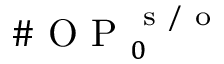
\# \mathrm { ~ O ~ P ~ } _ { 0 } ^ { \mathrm { ~ s ~ / ~ o ~ } }